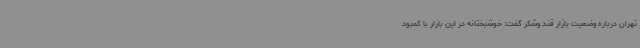
تهران درباره وضعیت بازار قند وشکر گفت: خوشبختانه در این بازار با کمبود